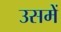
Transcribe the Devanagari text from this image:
उसमेें